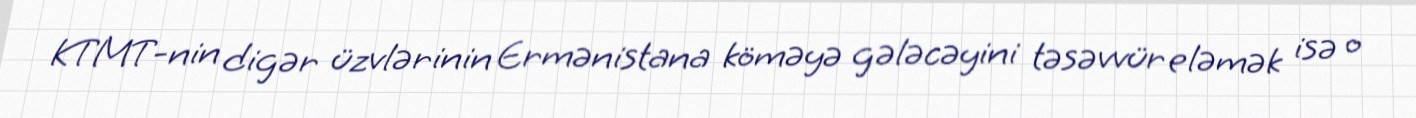
KTMT-nin digər üzvlərinin Ermənistana köməyə gələcəyini təsəvvür eləmək isə o